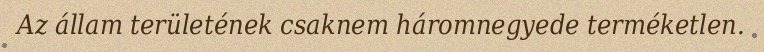
Az állam területének csaknem háromnegyede terméketlen.